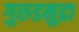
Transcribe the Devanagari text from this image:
गुरुडमुद्रा